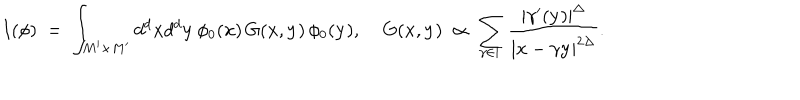
LaTeX: I ( \phi ) \; = \; \int _ { M ^ { \prime } \times M ^ { \prime } } d ^ { d } { \bf x } d ^ { d } { \bf y } \, \phi _ { 0 } ( { \bf x } ) \, G ( { \bf x } , { \bf y } ) \, \phi _ { 0 } ( { \bf y } ) , \; G ( { \bf x } , { \bf y } ) \; \propto \; \sum _ { \gamma \in \Gamma } \frac { | \gamma ^ { \prime } ( { \bf y } ) | ^ { \Delta } } { | { \bf x } - \gamma { \bf y } | ^ { 2 \Delta } } .